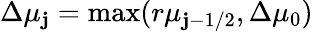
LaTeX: \Delta\mu_{\mathbf{j}}=\mathrm{{max}}(r\mu_{\mathbf{j}-1/2},\Delta\mu_{0})